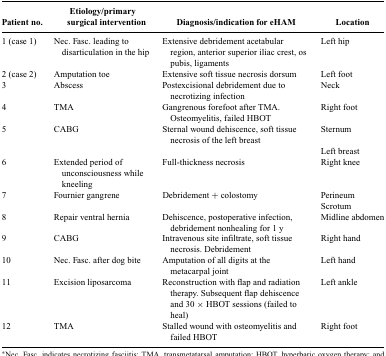
| Patient no. | Etiology/primary surgical intervention | Diagnosis/indication for eHAM | Location |
 | --- | --- | --- | --- |
 | 1 (case 1) | Nec. Fasc. leading to disarticulation in the hip | Extensive debridement acetabular region, anterior superior iliac crest, os pubis, ligaments | Left hip |
 | 2 (case 2) | Amputation toe | Extensive soft tissue necrosis dorsum | Left foot |
 | 3 | Abscess | Postexcisional debridement due to necrotizing infection | Neck |
 | 4 | TMA | Gangrenous forefoot after TMA. Osteomyelitis, failed HBOT | Right foot |
 | 5 | CABG | Sternal wound dehiscence, soft tissue necrosis of the left breast | Sternum |
 |  |  |  | Left breast |
 | 6 | Extended period of unconsciousness while kneeling | Full-thickness necrosis | Right knee |
 | 7 | Fournier gangrene | Debridement + colostomy | Perineum |
 |  |  |  | Scrotum |
 | 8 | Repair ventral hernia | Dehiscence, postoperative infection, debridement nonhealing for 1 y | Midline abdomen |
 | 9 | CABG | Intravenous site infiltrate, soft tissue necrosis. Debridement | Right hand |
 | 10 | Nec. Fasc. after dog bite | Amputation of all digits at the metacarpal joint | Left hand |
 | 11 | Excision liposarcoma | Reconstruction with flap and radiation therapy. Subsequent flap dehiscence and 30 × HBOT sessions (failed to heal) | Left ankle |
 | 12 | TMA | Stalled wound with osteomyelitis and failed HBOT | Right foot |